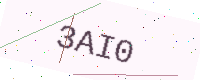
Text: 3AI0